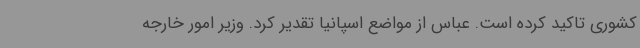
کشوری تاکید کرده است. عباس از مواضع اسپانیا تقدیر کرد. وزیر امور خارجه